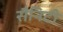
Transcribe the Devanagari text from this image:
सैनिटी